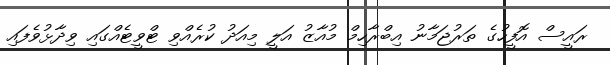
ރައީސް އޮފީހުގެ ތަރުޖަމާނު އިބްރާހިމް މުއާޒު އަލީ މިއަދު ކުރެއްވި ޓްވީޓެއްގައި ވިދާޅުވެފައި